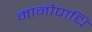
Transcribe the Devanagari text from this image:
मानोपाधि